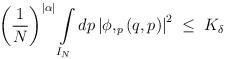
LaTeX: \begin{align*}\left( \frac 1 N\right)^{|\alpha|} \int\limits_{I_N} dp \left| \phi,_p \left( q, p\right)\right|^2\;\leq\; K_\delta\end{align*}